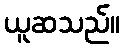
ယူဆသည်။